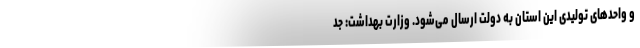
و واحدهای تولیدی این استان به دولت ارسال می‌شود. وزارت بهداشت: جد